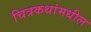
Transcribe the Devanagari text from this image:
चित्रकथांमधील